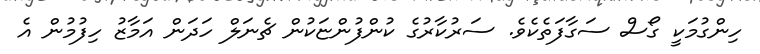
ހިންގުމަކީ ގޯސް ސަގާފަތެކެވެ. ސަރުކާރުގެ ކުންފުންޏަކުން ޗެނަލް ހަދަން އަމާޒު ހިފުމުން އެ